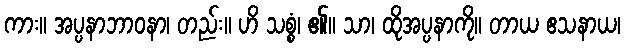
ကား။ အပ္ပနာဘာဝနာ၊ တည်း။ ဟိ သစ္စံ၊ ၏။ သာ၊ ထိုအပ္ပနာကို။ တာယ ဧသနာယ၊